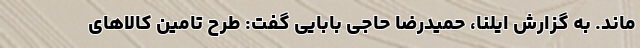
‌ماند. به گزارش ایلنا، حمیدرضا حاجی بابایی گفت: طرح تامین کالاهای